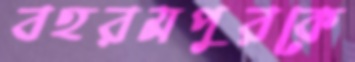
বহরমপুরকে